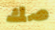
صك